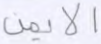
الأيمن